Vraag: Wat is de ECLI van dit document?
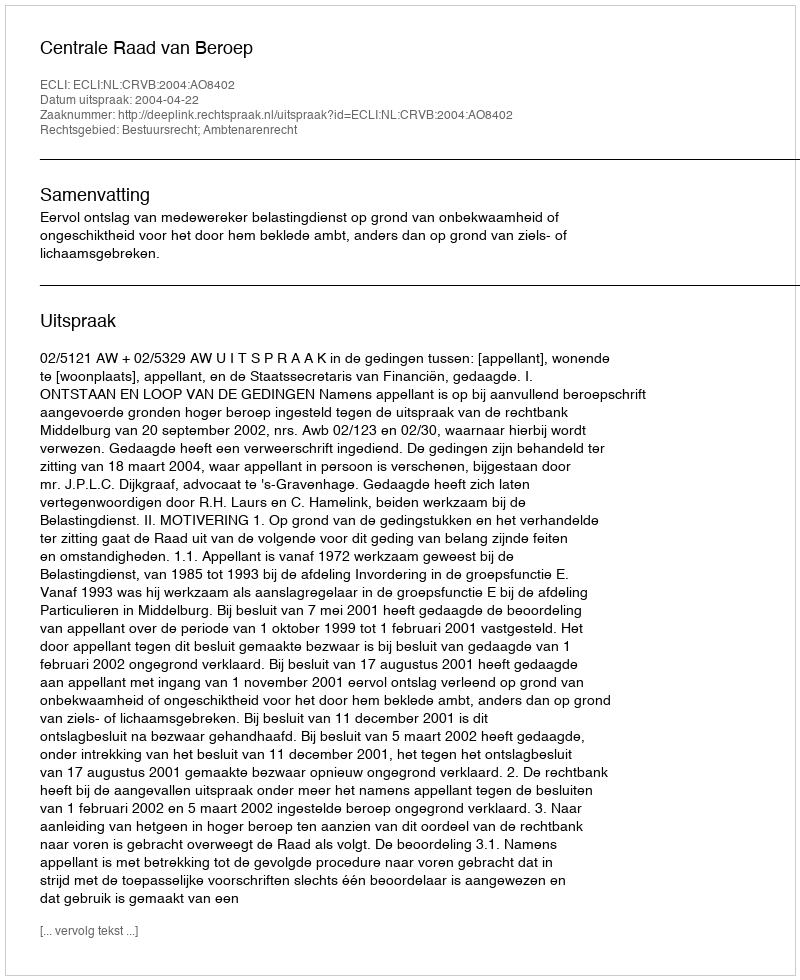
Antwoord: ECLI:NL:CRVB:2004:AO8402